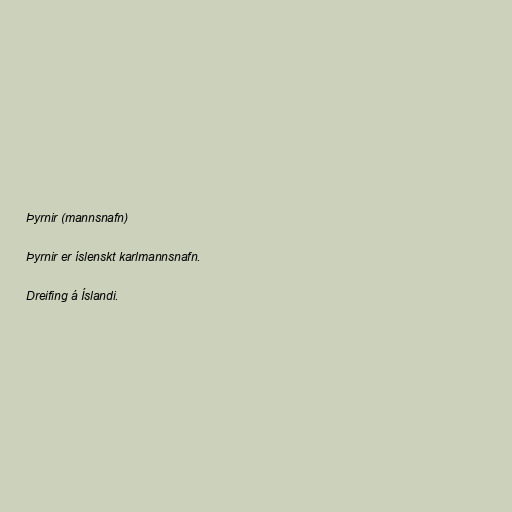
Þyrnir (mannsnafn)

Þyrnir er íslenskt karlmannsnafn.

Dreifing á Íslandi.